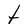
Character: t